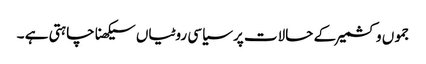
جموں و کشمیر کے حالات پر سیاسی روٹیاں سیکھنا چاہتی ہے ۔